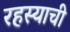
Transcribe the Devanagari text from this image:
रहस्याची